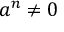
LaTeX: a ^ { n } \neq 0